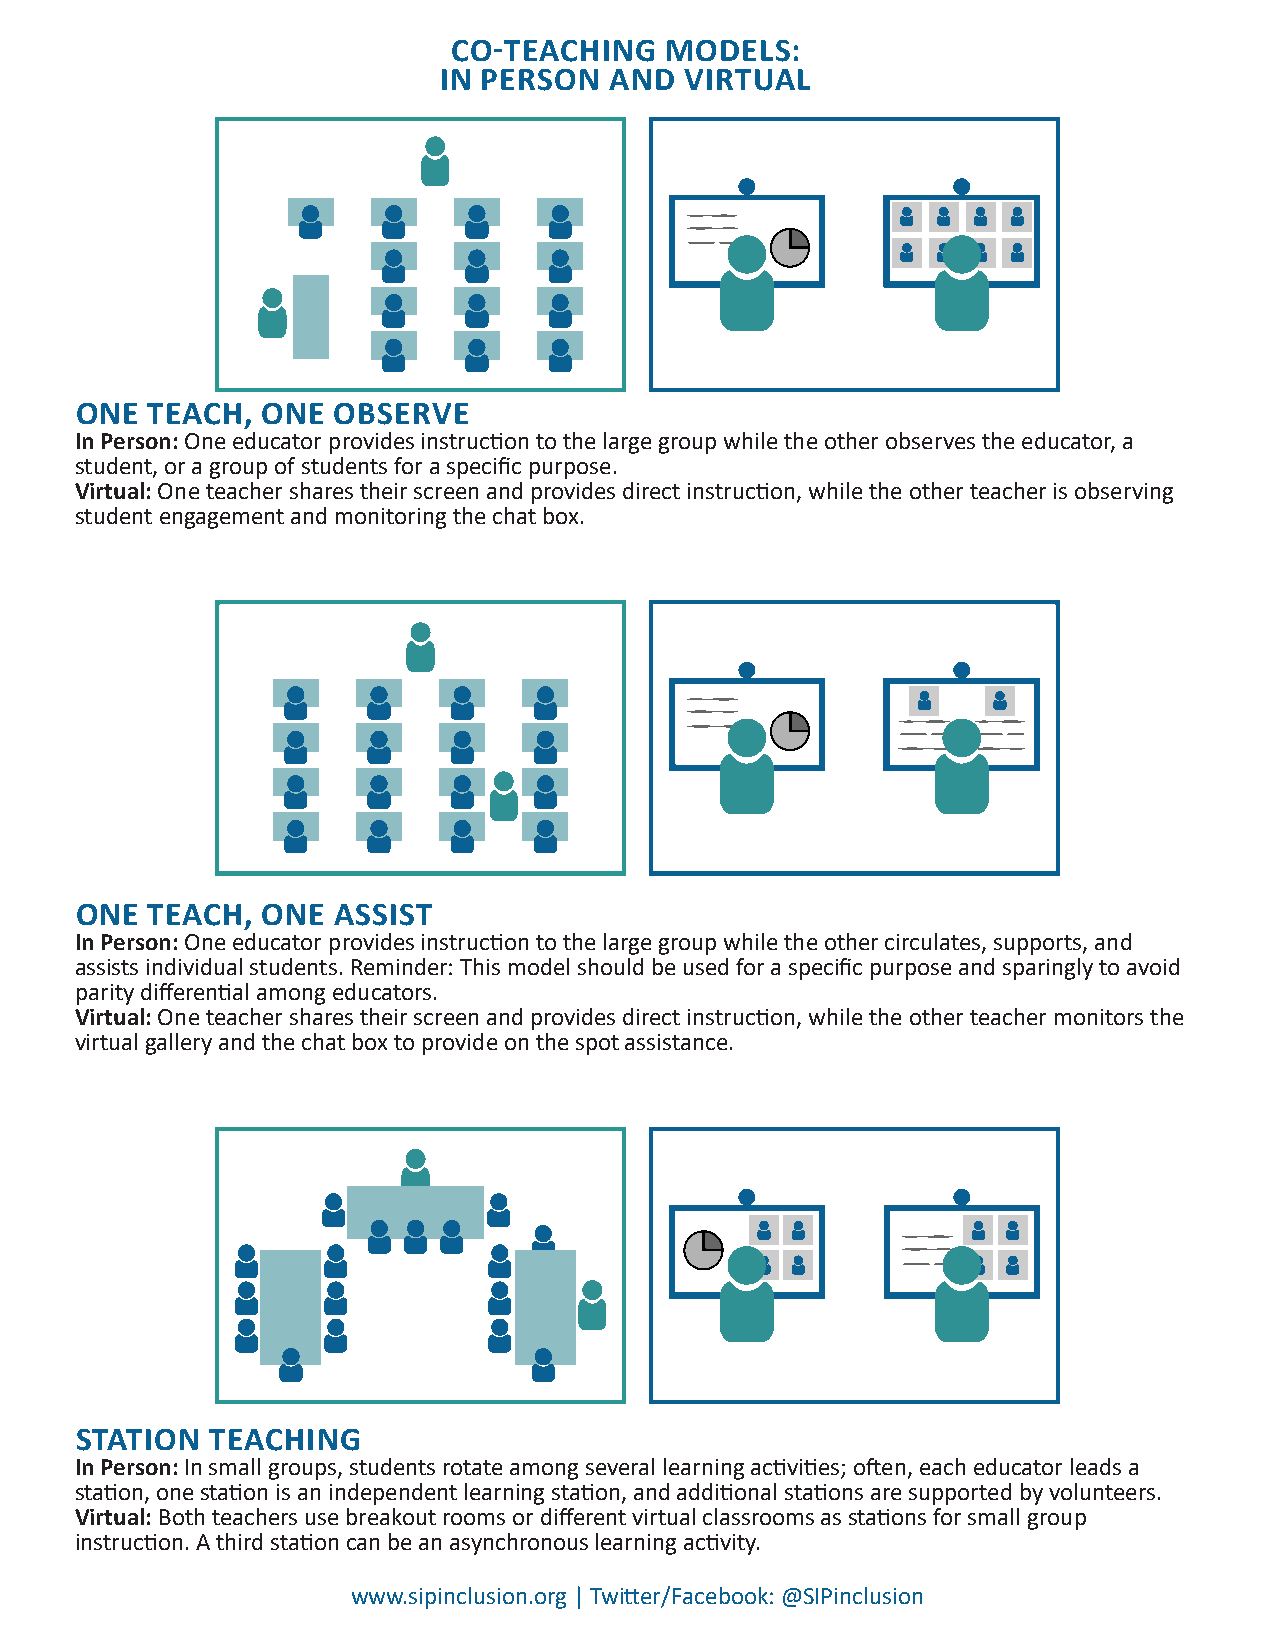
CO-TEACHING   MODELS:
 IN PERSON  AND  VIRTUAL
 ONE  TEACH, ONE  OBSERVE
 In Person: One educator provides instruction to the large group while the other observes the educator, a
 student, or a group of students for a specific purpose.
 Virtual: One teacher shares their screen and provides direct instruction, while the other teacher is observing
 student engagement and monitoring the chat box.
 ONE  TEACH, ONE  ASSIST
 In Person: One educator provides instruction to the large group while the other circulates, supports, and
 assists individual students. Reminder: This model should be used for a specific purpose and sparingly to avoid
 parity differential among educators.
 Virtual: One teacher shares their screen and provides direct instruction, while the other teacher monitors the
 virtual gallery and the chat box to provide on the spot assistance.
 STATION  TEACHING
 In Person: In small groups, students rotate among several learning activities; often, each educator leads a
 station, one station is an independent learning station, and additional stations are supported by volunteers.
 Virtual: Both teachers use breakout rooms or different virtual classrooms as stations for small group
 instruction. A third station can be an asynchronous learning activity.
 www.sipinclusion.org | Twitter/Facebook: @SIPinclusion